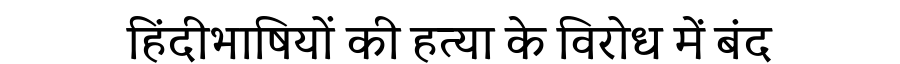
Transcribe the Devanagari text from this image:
हिंदीभाषियों की हत्या के विरोध में बंद